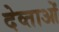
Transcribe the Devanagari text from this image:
देव्ताओं